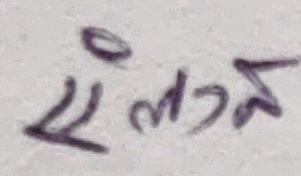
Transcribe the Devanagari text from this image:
एलान